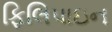
ફિલિપાઇન